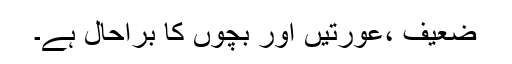
ضعیف ،عورتیں اور بچوں کا براحال ہے۔